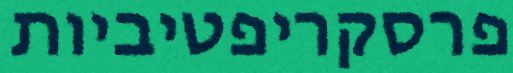
פרסקריפטיביות